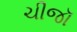
ચીજૉ